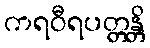
ကရဝီရပတ္တန္တိ